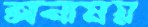
অনাময়